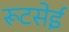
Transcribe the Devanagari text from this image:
रूटसेई